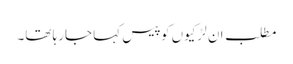
مطلب ان لڑکیوں کو پیس کہا جارہا تھا۔